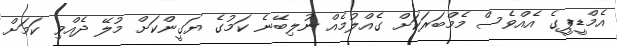
އެމްޑީޕީގެ އެއްވެސް މެމްބަރަކަށް ގެއްލުމެއް ނުލިބޭނެ ކަމުގެ ޔަގީންކަށް މުލޭ ދެއްވި ކަމަށް